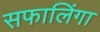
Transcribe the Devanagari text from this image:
सफालिंगा